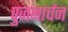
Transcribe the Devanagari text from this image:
पुजनार्चन